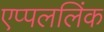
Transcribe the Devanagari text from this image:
एप्पललिंक